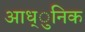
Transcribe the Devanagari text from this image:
आध्ुनिक